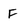
Character: F